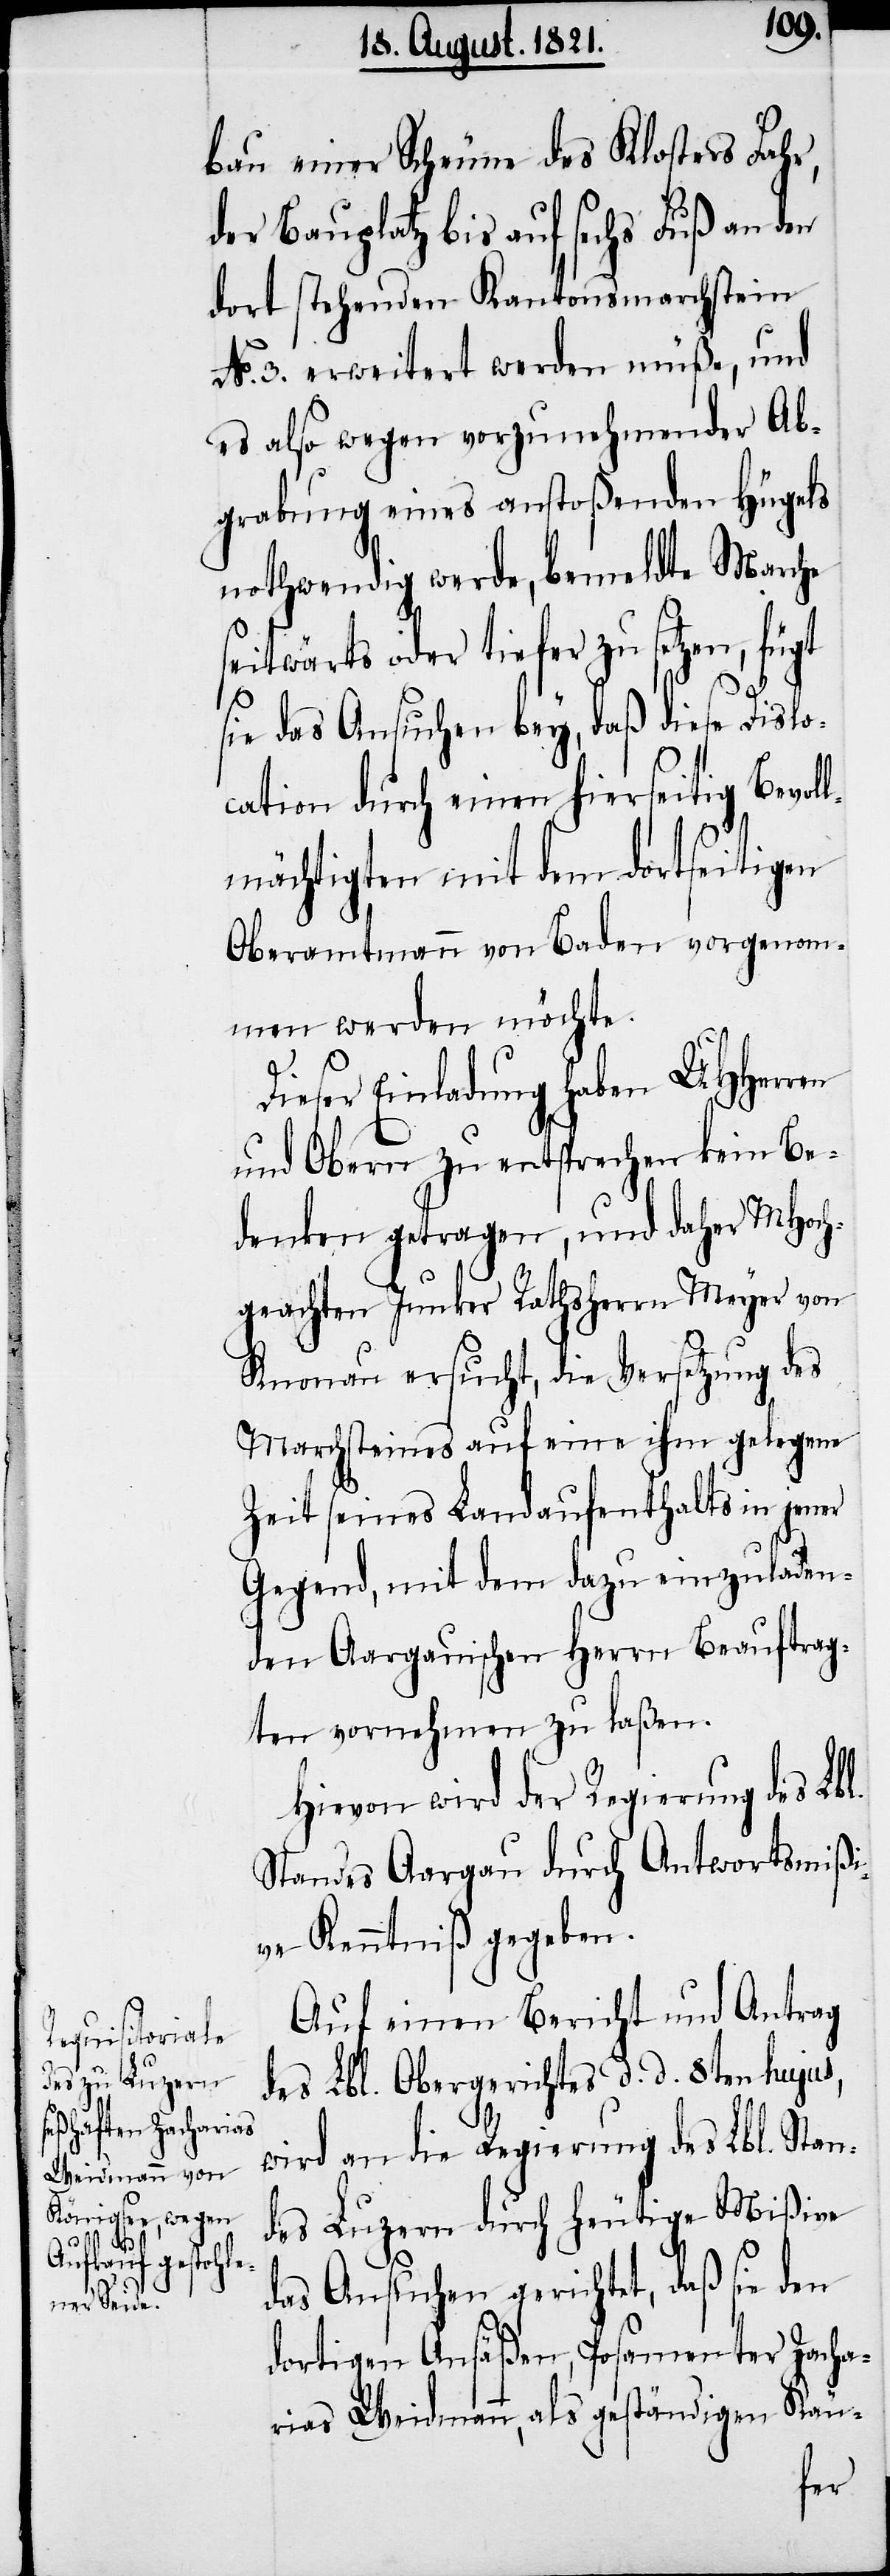
bau einer Scheune des Klosters Fahr,
der Bauplatz bis auf sechs Fuß an den
dort stehenden Kantonsmarchstein
No. 3. erweitert werden müße, und
es also wegen vorzunehmender Ab¬
grabung eines anstoßenden Hügels
nothwendig werde, bemeldte Marche
seitwärts oder tiefer zu setzen, fügt
sie das Ansuchen bey, daß diese Dislo¬
cation durch einen hierseitig bevol¬
lmächtigten mit dem dortseitigen
Oberamtmann von Baden vorgenom¬
men werden möchte.
Dieser Einladung haben UHHerren
und Obern zu entsprechen kein Be¬
denken getragen, und daher MHoch¬
geachten Junker Rathsherrn Meyer von
Knonau ersucht, die Versetzung des
Marchsteins auf eine ihm gelegene
Zeit seines Landaufenthalts in jener
Gegend, mit dem dazu einzuladen¬
den Aargauischen Herrn Beauftrag¬
ten vornehmen zu laßen.
Hievon wird der Regierung des Lbl.
Standes Aargau durch Antwortsmißi¬
ve Kenntniß gegeben.
Auf einen Bericht und Antrag
des Lbl. Obergerichtes d. d. 8ten hujus,
wird an die Regierung des Lbl. Stan¬
des Luzern durch heutige Mißive
das Ansuchen gerichtet, daß sie den
dortigen Ansäßen, Posamenter Zacha¬
rias Weidmann, als geständigen Käu-